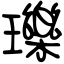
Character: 瓅